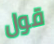
قول